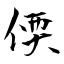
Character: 偄